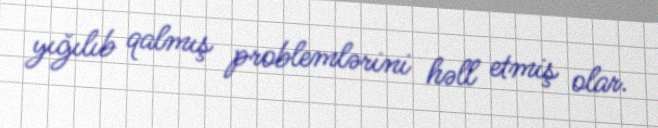
yığılıb qalmış problemlərini həll etmiş olar.